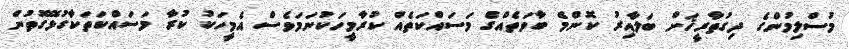
މުސްލިމުންގެ ދިގުތާރީޚަށް ބަލާއިރު ކޮންމެ ބާވަތެއްގެ މަސައްކަތެއް ކުރާމީހަކުނަމަވެސް އެމީހަކު ކުރާ މަސައްކަތަކާގުޅޭގޮތުން